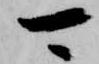
可